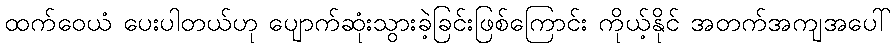
ထက်ဝေယံ ပေးပါတယ်ဟု ပျောက်ဆုံးသွားခဲ့ခြင်းဖြစ်ကြောင်း ကိုယ့်နိုင် အတက်အကျအပေါ်